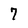
Character: 7